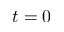
t = 0